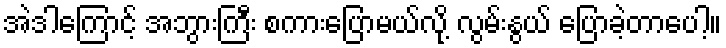
အဲဒါကြောင့် အဘွားကြီး စကားပြောမယ်လို့ လွမ်းနွယ် ပြောခဲ့တာပေါ့။